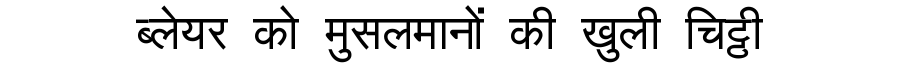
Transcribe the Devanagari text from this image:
ब्लेयर को मुसलमानों की खुली चिट्ठी